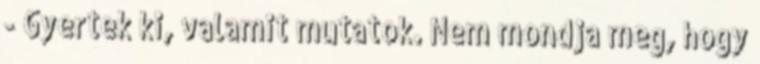
- Gyertek ki, valamit mutatok. Nem mondja meg, hogy